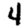
Digit: 4